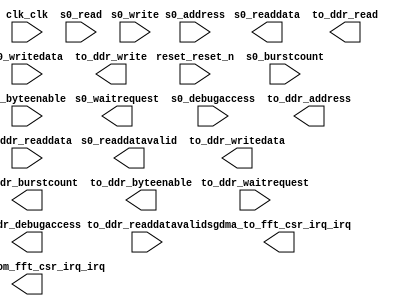

module FFT_sub (
	clk_clk,
	reset_reset_n,
	s0_waitrequest,
	s0_readdata,
	s0_readdatavalid,
	s0_burstcount,
	s0_writedata,
	s0_address,
	s0_write,
	s0_read,
	s0_byteenable,
	s0_debugaccess,
	sgdma_from_fft_csr_irq_irq,
	sgdma_to_fft_csr_irq_irq,
	to_ddr_waitrequest,
	to_ddr_readdata,
	to_ddr_readdatavalid,
	to_ddr_burstcount,
	to_ddr_writedata,
	to_ddr_address,
	to_ddr_write,
	to_ddr_read,
	to_ddr_byteenable,
	to_ddr_debugaccess);	

	input		clk_clk;
	input		reset_reset_n;
	output		s0_waitrequest;
	output	[31:0]	s0_readdata;
	output		s0_readdatavalid;
	input	[0:0]	s0_burstcount;
	input	[31:0]	s0_writedata;
	input	[18:0]	s0_address;
	input		s0_write;
	input		s0_read;
	input	[3:0]	s0_byteenable;
	input		s0_debugaccess;
	output		sgdma_from_fft_csr_irq_irq;
	output		sgdma_to_fft_csr_irq_irq;
	input		to_ddr_waitrequest;
	input	[63:0]	to_ddr_readdata;
	input		to_ddr_readdatavalid;
	output	[4:0]	to_ddr_burstcount;
	output	[63:0]	to_ddr_writedata;
	output	[29:0]	to_ddr_address;
	output		to_ddr_write;
	output		to_ddr_read;
	output	[7:0]	to_ddr_byteenable;
	output		to_ddr_debugaccess;
endmodule